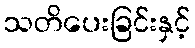
သတိပေးခြင်းနှင့်